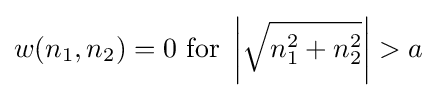
w(n_{1},n_{2})=0{\text{ for }}\left|{\sqrt {n_{1}^{2}+n_{2}^{2}}}\right|>a